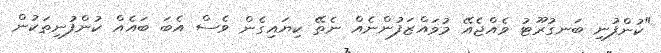
"ކުންފުނި ބަނގުރޫޓު ވެއްޖެއޭ މުވައްޒަފުންނެއް ނެތޭ ކިޔައިގެން ވެސް އެބަ ބައެއް ކުންފުނިތަކުން